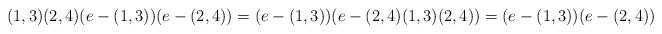
LaTeX: \begin{align*}(1,3)(2,4) (e-(1,3))(e-(2,4)) = (e-(1,3))(e-(2,4)(1,3)(2,4)) = (e-(1,3))(e-(2,4))\end{align*}